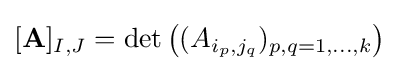
[\mathbf {A} ]_{I,J}=\det {\bigl (}(A_{i_{p},j_{q}})_{p,q=1,\ldots ,k}{\bigr )}